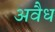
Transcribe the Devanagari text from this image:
अवैध